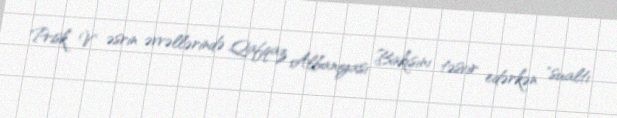
Prisk V əsrin əvvəllərində Qafqaz Albaniyası Bakısını təsvir edərkən "sualtı